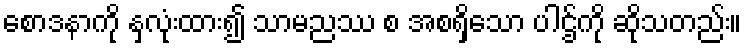
စောဒနာကို နှလုံးထား၍ သာမညဿ စ အစရှိသော ပါဌ်ကို ဆိုသတည်း။